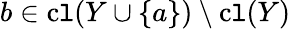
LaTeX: b\in\operatorname{c\mathtt{l}}(Y\cup\{ a\} )\setminus\operatorname{c\mathtt{l}}(Y)